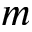
m